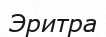
Эритра